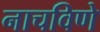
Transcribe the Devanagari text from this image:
नाचविणे